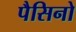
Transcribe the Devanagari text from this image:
पैसिनो